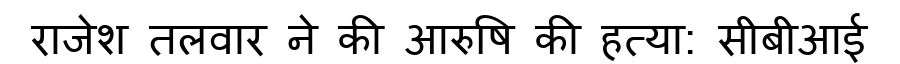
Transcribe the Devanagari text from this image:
राजेश तलवार ने की आरुषि की हत्या: सीबीआई